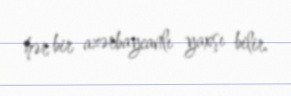
hər bir azərbaycanlı yaxşı bilir.